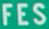
FES